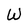
Character: W